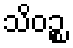
သိဝဉ္စ